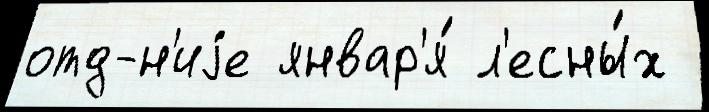
отд-н'иjе январ'я́ л'есны́х